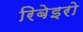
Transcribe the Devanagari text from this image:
रिबेइरो